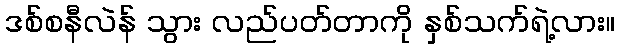
ဒစ်စနီလဲန် သွား လည်ပတ်တာကို နှစ်သက်ရဲ့လား။